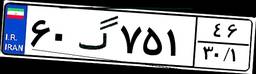
۶۰گ۷۵۱۴۶